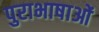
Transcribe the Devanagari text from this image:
पुराभाषाओं